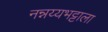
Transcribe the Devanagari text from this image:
नन्नय्यभट्टाला